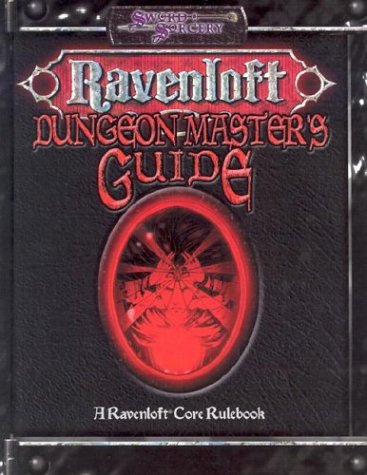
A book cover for Ravenloft Dungeon Master's Guide (Dungeons & Dragons d20 3.5 Fantasy Roleplaying, Ravenloft Setting); Jackie Cassada; Science Fiction & Fantasy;